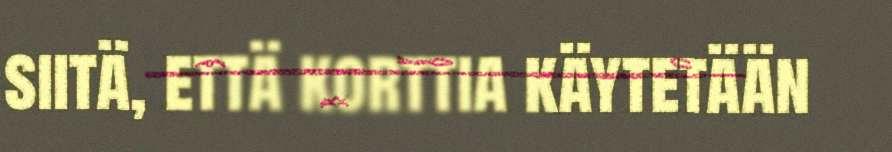
siitä, että korttia käytetään